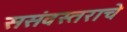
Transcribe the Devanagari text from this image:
ससंवस्तराचे